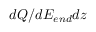
d Q / d E _ { e n d } d z